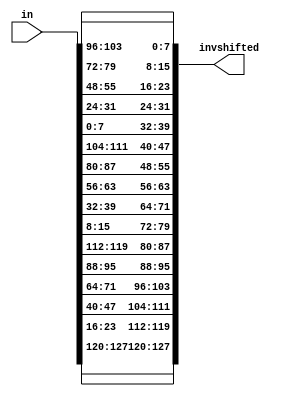
module Invshiftrows(input [0:127] in, output [0:127] invshifted);
    // 1st row: No shifting
    assign invshifted[0+:8] = in[0+:8];
    assign invshifted[32+:8] = in[32+:8];
    assign invshifted[64+:8] = in[64+:8];
    assign invshifted[96+:8] = in[96+:8];

    // 2nd row: Shifted one byte to the right
    assign invshifted[8+:8] = in[104+:8];
    assign invshifted[40+:8] = in[8+:8];
    assign invshifted[72+:8] = in[40+:8];
    assign invshifted[104+:8] = in[72+:8];

    // 3rd row: Shifted two bytes to the right
    assign invshifted[16+:8] = in[80+:8];
    assign invshifted[48+:8] = in[112+:8];
    assign invshifted[80+:8] = in[16+:8];
    assign invshifted[112+:8] = in[48+:8];

    // 4th row: Shifted three bytes to the right
    assign invshifted[24+:8] = in[56+:8];
    assign invshifted[56+:8] = in[88+:8];
    assign invshifted[88+:8] = in[120+:8];
    assign invshifted[120+:8] = in[24+:8];
endmodule